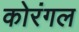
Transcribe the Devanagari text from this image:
कोरंगल